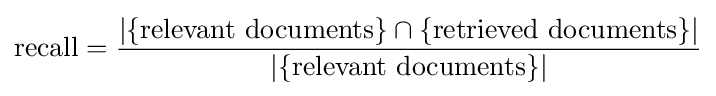
{\mbox{recall}}={\frac {|\{{\mbox{relevant documents}}\}\cap \{{\mbox{retrieved documents}}\}|}{|\{{\mbox{relevant documents}}\}|}}